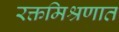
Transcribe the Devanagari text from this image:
रक्तमिश्रणात